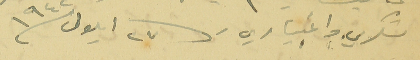
شكري واعتباري 27 ايلول /1942